Document type: Grant
Year: 1445
Scribe: Antoni Gomar
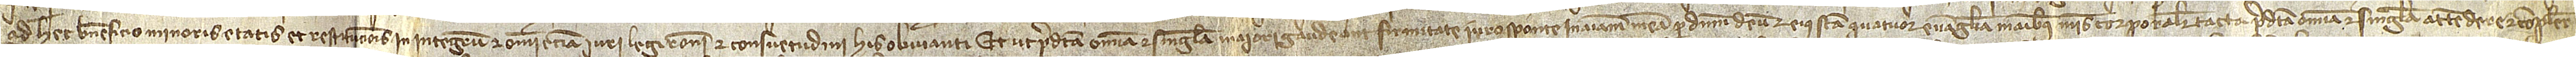
ad hec beneficio minoris etatis et restitucionis in integrum, et omni etiam iuri, legi, rationi et consuetudini his obvianti. Et ut predicta omnia et singula maiori gaudeant firmitate, iuro sponte in animam meam per Dominum Deum et eius sancta quatuor Evangelia, manibus meis corporaliter tacta, predicta omnia et singula attendere et complere,